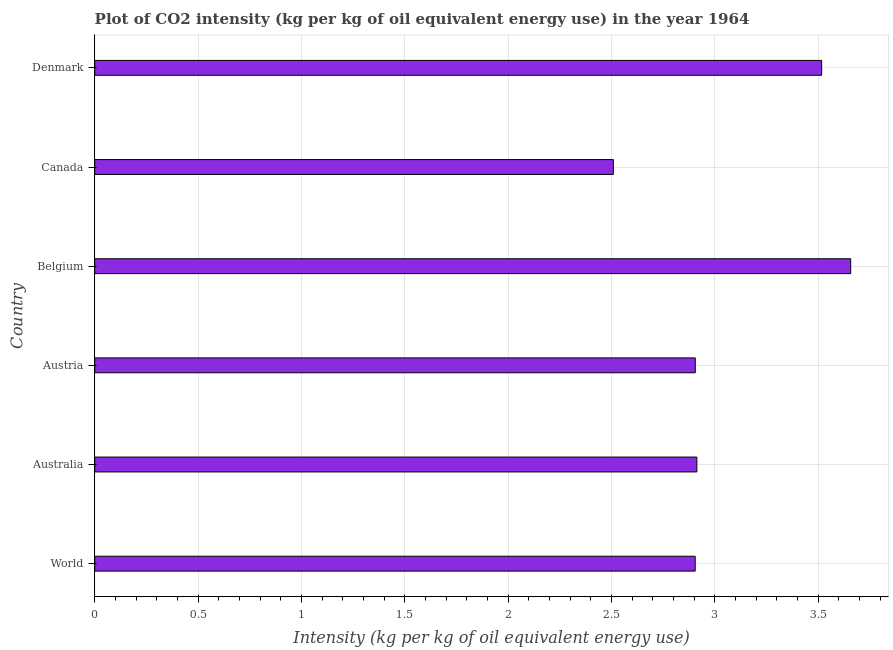
| Country | CO2 intensity |
 | --- | --- |
 | World | 2.91 |
 | Australia | 2.91 |
 | Austria | 2.91 |
 | Belgium | 3.66 |
 | Canada | 2.51 |
 | Denmark | 3.52 |